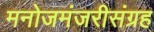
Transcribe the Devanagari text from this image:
मनोजमंजरीसंग्रह